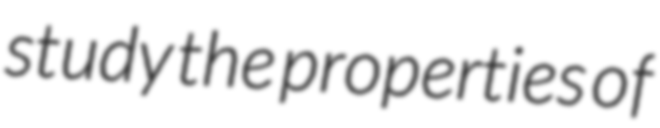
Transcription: study the properties of